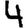
Digit: 4